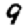
Digit: 9